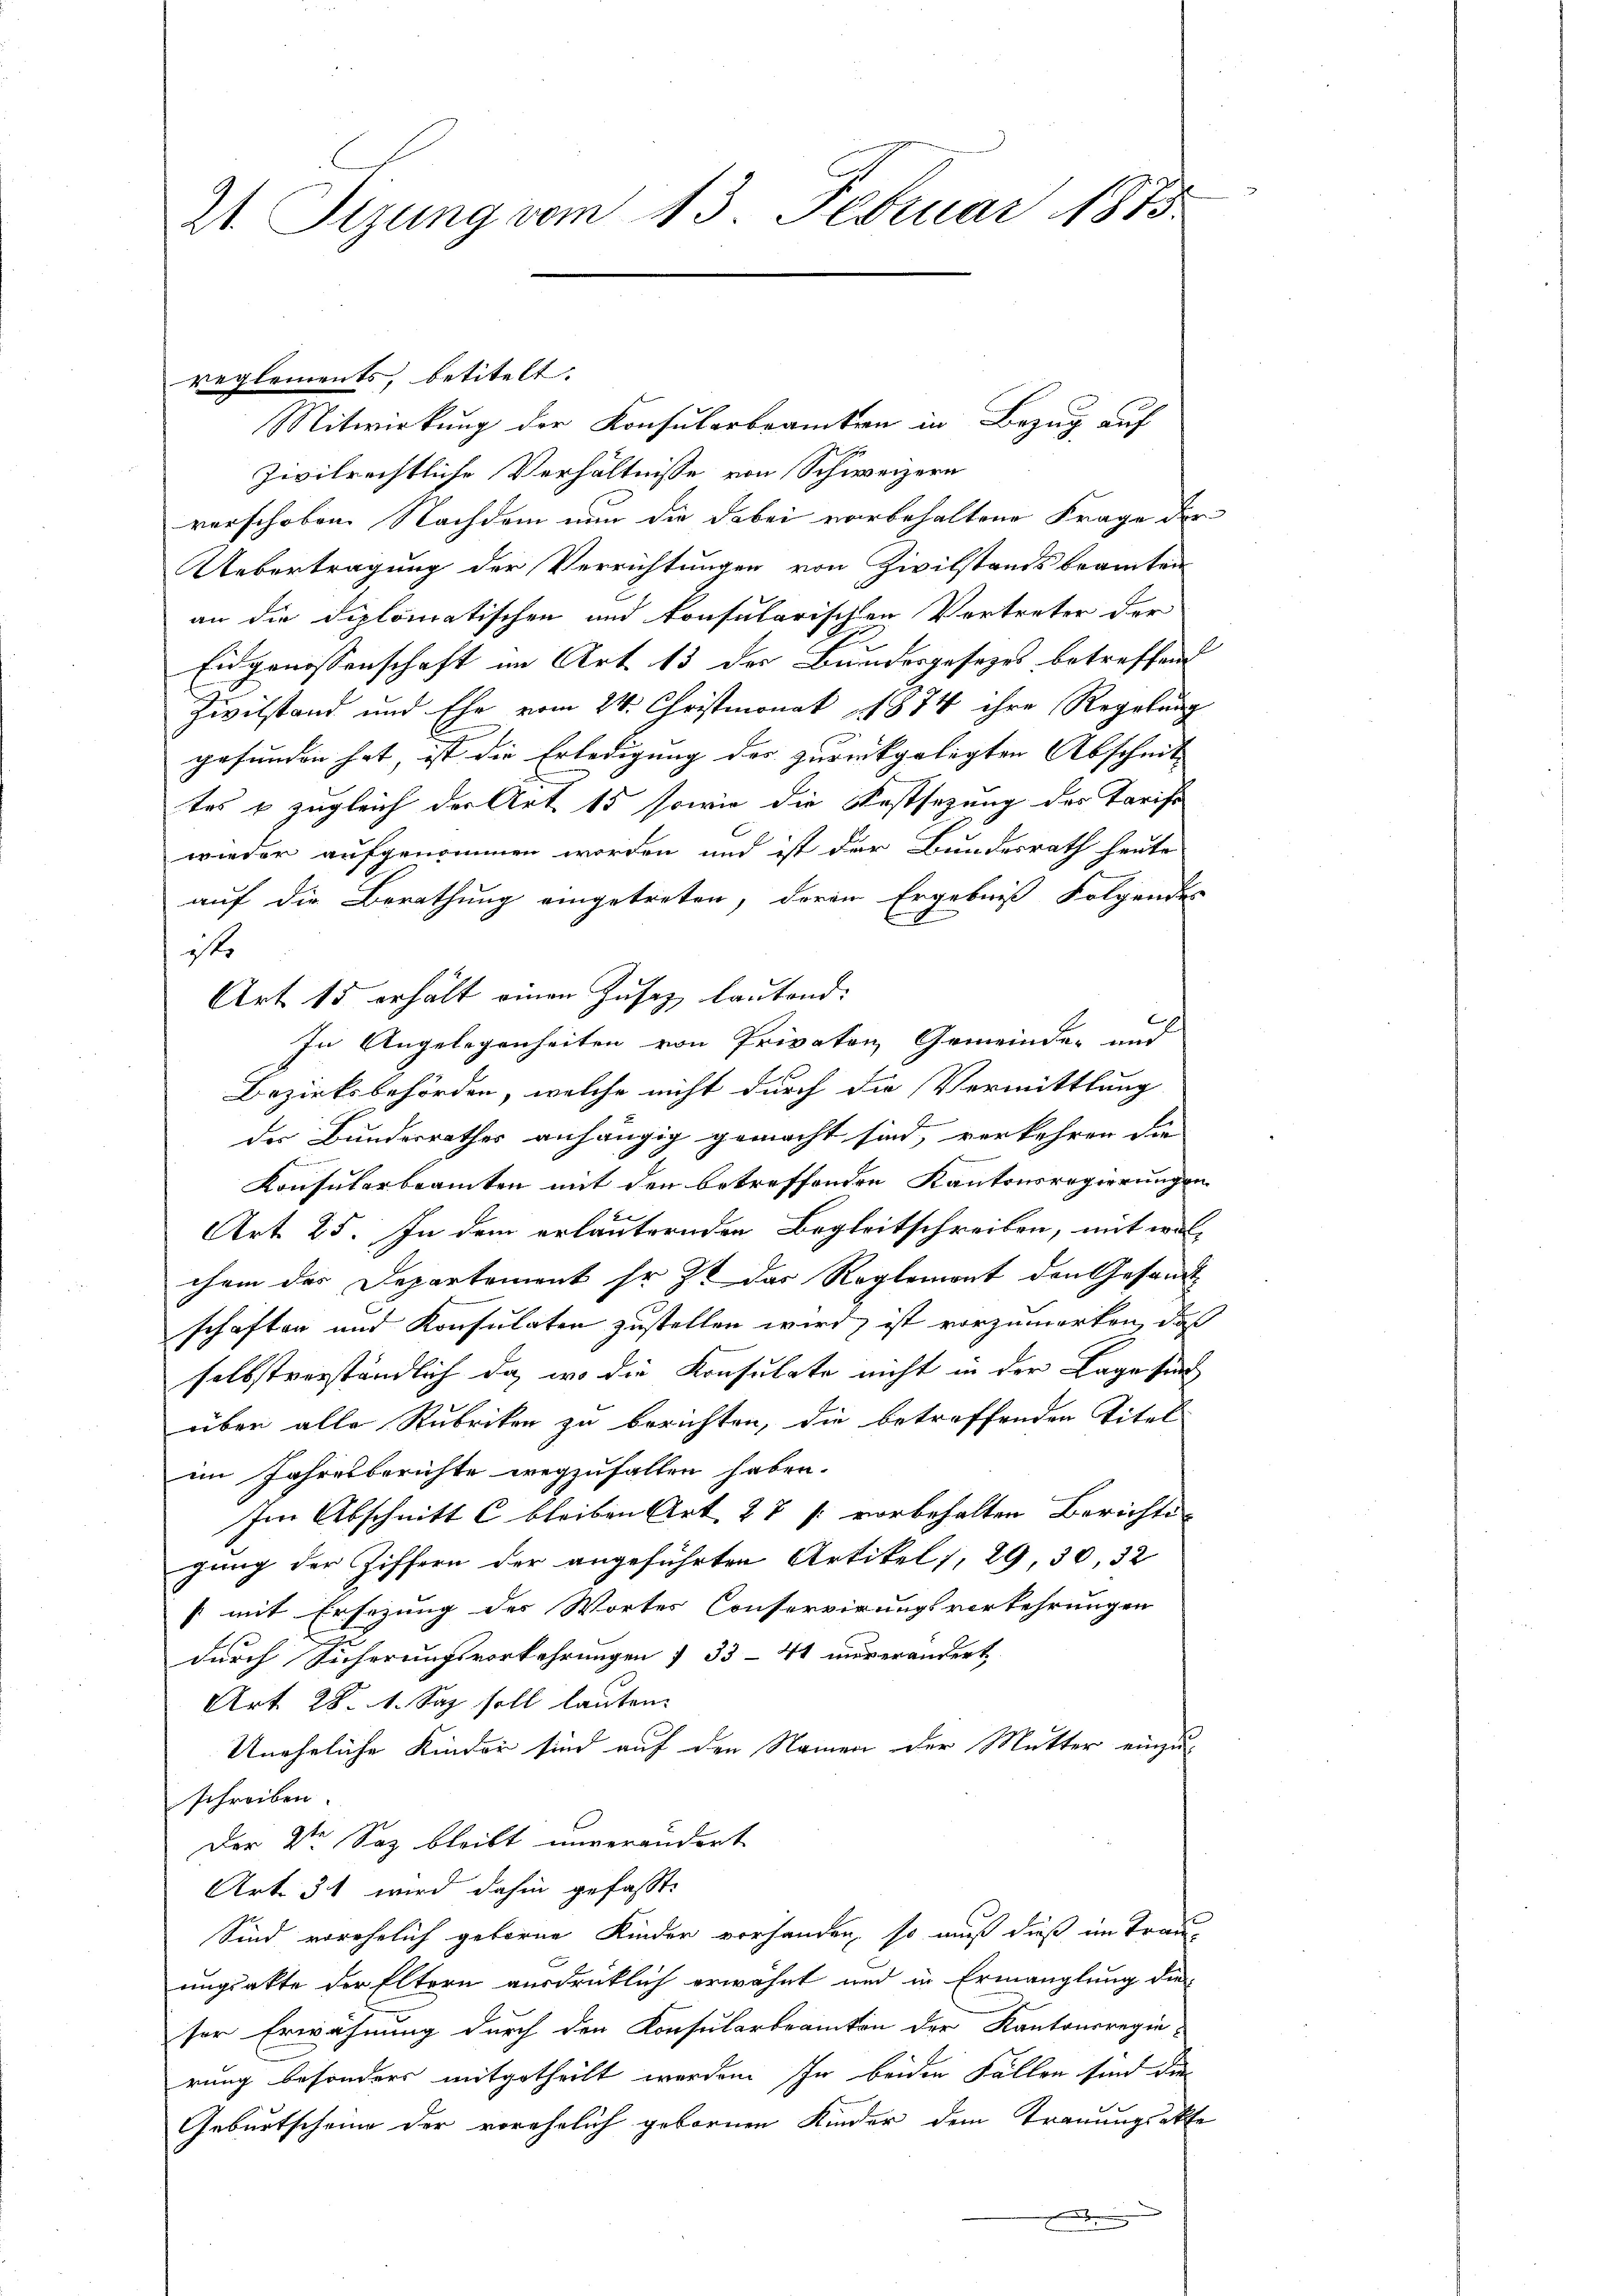
21 Sizung vom 13. Februar 1873.

Mitwirkung der Konsularbeamtern in Bezug auf
9
Zivilrechtliche Verhältnisse von Schweizern
verschoben. Nachdem nun die dabei vorbehaltene Frage der
Uebertragung der Verrichtungen von Zivilstandsbeamten
an die diplomatischen und konsularischen Vortreter der
Eidgenossenschaft im Art. 13 der Bundesgesezes betreffend
Zivilstand und Ehe vom 24. Christmonat 1874 ihre Regelung
gefunden hat, ist die Erledigung der zurückgelegten Abscheit |
tes u zugleich der Art. 15 sowie die Festsezung des Tarifs
wieder aufgenommen worden und ist der Bundesrath heute
auf die Berathung eingetreten, deren Ergebniß folgendes
st.
Art. 15 erhält einen Zusaz, lautend:
In Angelegenheiten von Privaten Gemeinde- und
Bezirksbehörden, welche nicht durch die Vermittlung
des Bunderrathes anhängig gemacht sind, verkehren die
Konsularbeamten mit den betreffenden Kantonsregierungen
Art. 25. In dem erläuternden Begleitschreiben, mit welchem das Departement sr. Zt. das Reglement den Gesandtschaften und Konsulaten zustellen wird, ist vorzumerken, daß
selbstverständlich da, wo die Konsulate nicht in der Lage sind
über alle Rubriken zu berichten, die betreffenden Titel
im Jahresberichte wegzufallen haben.
Im Abschnitt C bleiben Art. 27 [ vorbehalten Berichtig
gung der Ziffern der angeführten Artikel 1, 29, 30, 32
s mit Ersezung des Wortes Conservirungsverkehrungen
durch Sicherungsvorkehrungen 7 33-41 unverändert
Art. 28. 4. Sap soll lauten.
Uneheliche Kinder sind auf den Namen der Mutter einzuschreiben.
Der 2ten Soz bleibt unverändert
Art. 31 wird dahin gefasst:
Sind vorehelich geborne Kinder vorhanden, so muß dieß im Trauungsakte der Eltern ausdrücklich erwähnt und in Ermanglung die
ser Erwähnung durch den Konsularbeamten der Kantonsregie-
rung besonders mitgetheilt werden. In beiden Fällen sind die
Geburtscheine der vorehelich gebornen Kinder dem Trauungsakte
.

reglements, betitelt.